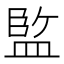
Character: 𭾆